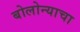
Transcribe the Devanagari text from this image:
बोलोन्याचा